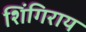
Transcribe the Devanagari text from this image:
शिंगिराय